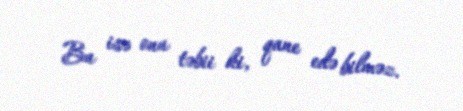
Bu isə onu təbii ki, qane edə bilməz.